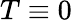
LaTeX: T\equiv 0